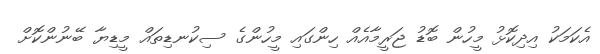
އެކަމަކު އިދިކޮޅު މީހުން ބޮޑު ޖަރީމާއެއް ހިންގައި މީހުންގެ ސިކުނޑިތައް މީޑިޔާ ބޭނުންކޮށް